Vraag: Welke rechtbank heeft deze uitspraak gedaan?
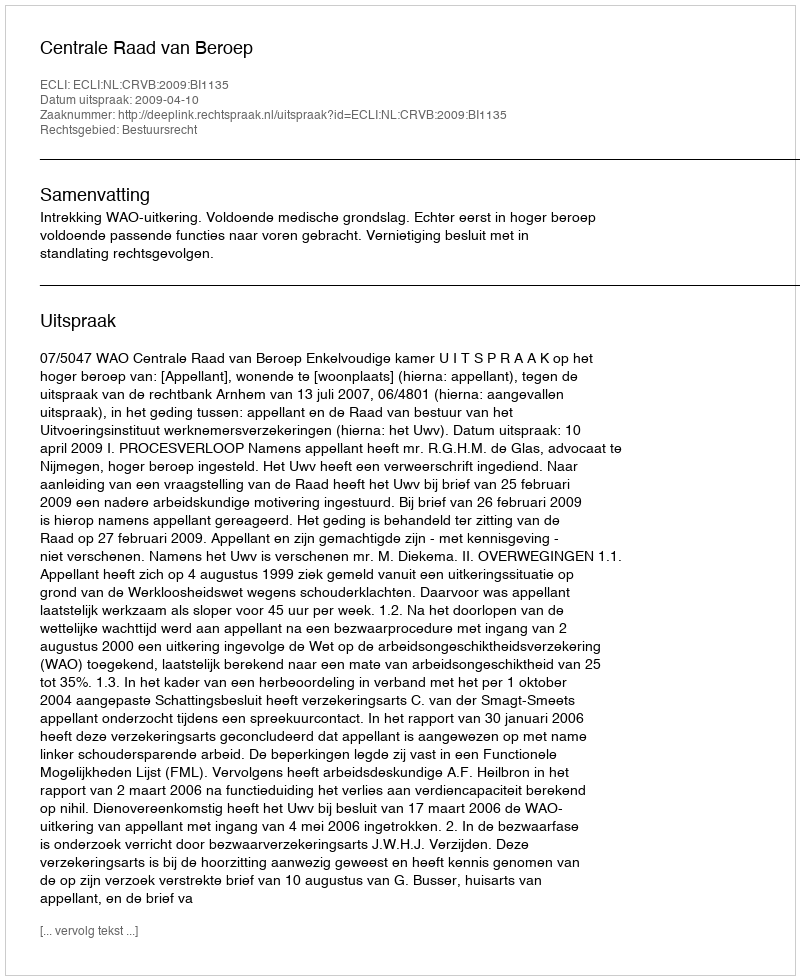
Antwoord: Centrale Raad van Beroep